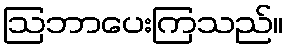
ဩဘာပေးကြသည်။